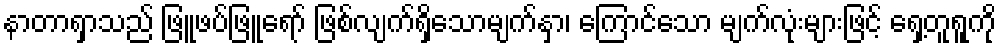
နာတာရှာသည် ဖြူဖပ်ဖြူရော် ဖြစ်လျက်ရှိသောမျက်နှာ၊ ကြောင်သော မျက်လုံးများဖြင့် ရှေ့တူရူကို